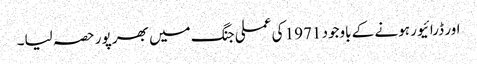
اور ڈرائیور ہونے کے باوجود 1971 کی عملی جنگ میں بھر پور حصہ لیا۔